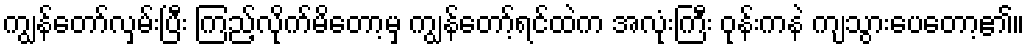
ကျွန်တော်လှမ်းပြီး ကြည့်လိုက်မိတော့မှ ကျွန်တော့်ရင်ထဲက အလုံးကြီး ဝုန်းကနဲ ကျသွားပေတော့၏။